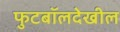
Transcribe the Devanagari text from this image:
फुटबॉलदेखील